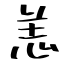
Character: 恙